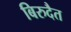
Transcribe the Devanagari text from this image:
बिरुदैत